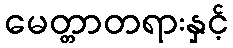
မေတ္တာတရားနှင့်